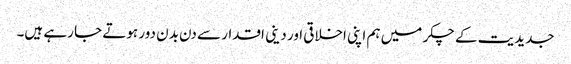
جدیدیت کے چکر میں ہم اپنی اخلاقی اور دینی اقدار سے دن بدن دور ہوتے جا رہے ہیں۔